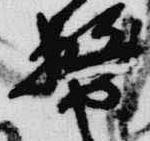
務